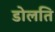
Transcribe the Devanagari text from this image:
डोलति